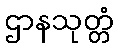
ဌာနသုတ္တံ